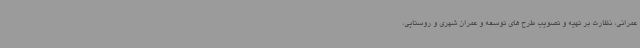
عمرانی، نظارت بر تهیه و تصویب طرح های توسعه و عمران شهری و روستایی،